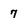
Character: 7